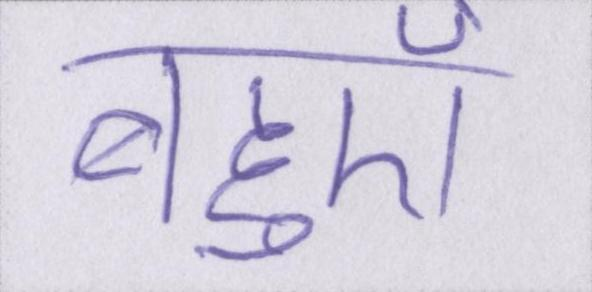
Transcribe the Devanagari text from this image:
बहुएँ